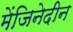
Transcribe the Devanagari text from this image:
मेंजिनेदीन